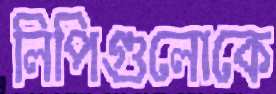
লিপিগুলোকে